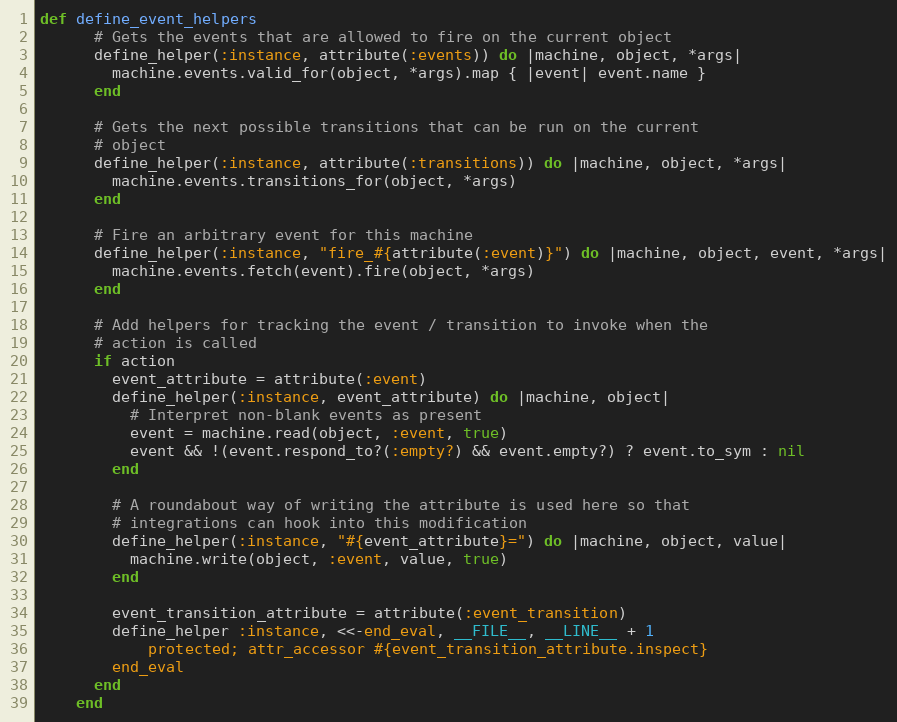
Language: Ruby
def define_event_helpers
      # Gets the events that are allowed to fire on the current object
      define_helper(:instance, attribute(:events)) do |machine, object, *args|
        machine.events.valid_for(object, *args).map { |event| event.name }
      end

      # Gets the next possible transitions that can be run on the current
      # object
      define_helper(:instance, attribute(:transitions)) do |machine, object, *args|
        machine.events.transitions_for(object, *args)
      end

      # Fire an arbitrary event for this machine
      define_helper(:instance, "fire_#{attribute(:event)}") do |machine, object, event, *args|
        machine.events.fetch(event).fire(object, *args)
      end

      # Add helpers for tracking the event / transition to invoke when the
      # action is called
      if action
        event_attribute = attribute(:event)
        define_helper(:instance, event_attribute) do |machine, object|
          # Interpret non-blank events as present
          event = machine.read(object, :event, true)
          event && !(event.respond_to?(:empty?) && event.empty?) ? event.to_sym : nil
        end

        # A roundabout way of writing the attribute is used here so that
        # integrations can hook into this modification
        define_helper(:instance, "#{event_attribute}=") do |machine, object, value|
          machine.write(object, :event, value, true)
        end

        event_transition_attribute = attribute(:event_transition)
        define_helper :instance, <<-end_eval, __FILE__, __LINE__ + 1
            protected; attr_accessor #{event_transition_attribute.inspect}
        end_eval
      end
    end